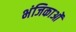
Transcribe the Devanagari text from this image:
भंजिकाओं